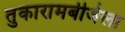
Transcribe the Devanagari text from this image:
तुकारामबीजेला